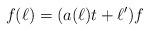
LaTeX: \begin{align*}f(\ell)=(a(\ell) t +\ell') f\end{align*}